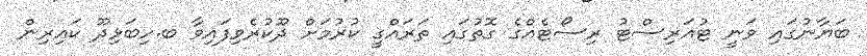
ބަޔާނުގައި ވަނީ ޓުއަރިސްޓު ރިސޯޓެއްގެ ގޮތުގައި ތަރައްގީ ކުރުމަށް ދޫކުރެވިފައިވާ ބ.ހިބަޅިދޫ ކައިރިން